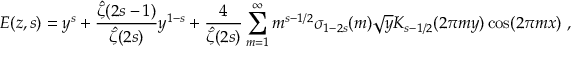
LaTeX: E ( z , s ) = y ^ { s } + { \frac { { \hat { \zeta } } ( 2 s - 1 ) } { { \hat { \zeta } } ( 2 s ) } } y ^ { 1 - s } + { \frac { 4 } { { \hat { \zeta } } ( 2 s ) } } \sum _ { m = 1 } ^ { \infty } m ^ { s - 1 / 2 } \sigma _ { 1 - 2 s } ( m ) { \sqrt { y } } K _ { s - 1 / 2 } ( 2 \pi m y ) \cos ( 2 \pi m x ) \ ,